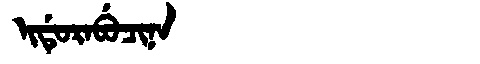
Manchu: ᡳᡩᡠᡵᠠᠪᡠᠴᡳᠨᠠ
Romanization: IDURABUCINA